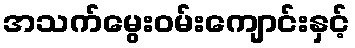
အသက်မွေးဝမ်းကျောင်းနှင့်